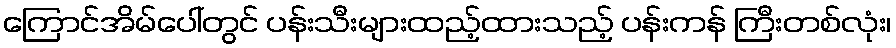
ကြောင်အိမ်ပေါ်တွင် ပန်းသီးများထည့်ထားသည့် ပန်းကန် ကြီးတစ်လုံး၊